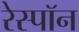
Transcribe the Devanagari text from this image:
रेस्पॉन